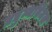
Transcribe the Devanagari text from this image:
प्रद्युम्नविमल